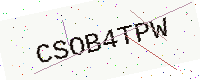
Text: CSOB4TPW